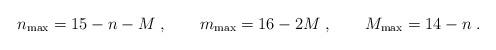
LaTeX: \begin{align*}n_{\rm max} = 15-n-M\; ,\qquad m_{\rm max} = 16-2M\; ,\qquad M_{\rm max} = 14-n\; .\end{align*}